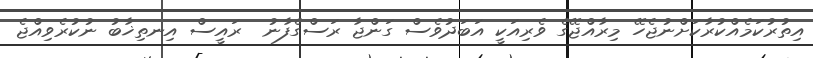
އިތުރުކަމެއްކުރާކަށްނުޖެހޭ މިރާއްޖޭގެ ވެރިއަކީ އަބަދުވެސް ގަންޖާ ރަސްގެފާނު  ރައީސް އިނތިޚާބު ނުކުރެވިއްޖެ